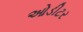
ઓડીટર